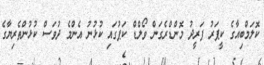
ކޮލަމްބިއާގެ ކީޕަރު ފަރީދު މޮންޑްރެގަން ވޯލްޑް ކަޕުގައި ކުޅުނު އެންމެ ދުވަސް ކުޅުންތެރިޔާގެ